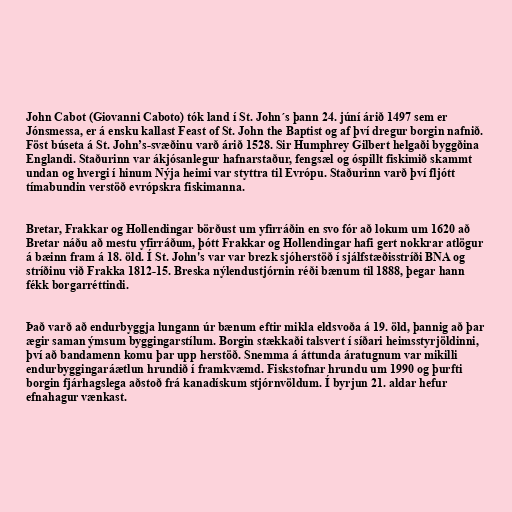
John Cabot (Giovanni Caboto) tók land í St. John´s þann 24. júní árið 1497 sem er
Jónsmessa, er á ensku kallast Feast of St. John the Baptist og af því dregur borgin nafnið.
Föst búseta á St. John’s-svæðinu varð árið 1528. Sir Humphrey Gilbert helgaði byggðina
Englandi. Staðurinn var ákjósanlegur hafnarstaður, fengsæl og óspillt fiskimið skammt
undan og hvergi í hinum Nýja heimi var styttra til Evrópu. Staðurinn varð því fljótt
tímabundin verstöð evrópskra fiskimanna.

Bretar, Frakkar og Hollendingar börðust um yfirráðin en svo fór að lokum um 1620 að
Bretar náðu að mestu yfirráðum, þótt Frakkar og Hollendingar hafi gert nokkrar atlögur
á bæinn fram á 18. öld. Í St. John's var var brezk sjóherstöð í sjálfstæðisstríði BNA og
stríðinu við Frakka 1812-15. Breska nýlendustjórnin réði bænum til 1888, þegar hann
fékk borgarréttindi.

Það varð að endurbyggja lungann úr bænum eftir mikla eldsvoða á 19. öld, þannig að þar
ægir saman ýmsum byggingarstílum. Borgin stækkaði talsvert í síðari heimsstyrjöldinni,
því að bandamenn komu þar upp herstöð. Snemma á áttunda áratugnum var mikilli
endurbyggingaráætlun hrundið í framkvæmd. Fiskstofnar hrundu um 1990 og þurfti
borgin fjárhagslega aðstoð frá kanadískum stjórnvöldum. Í byrjun 21. aldar hefur
efnahagur vænkast.